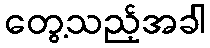
တွေ့သည့်အခါ